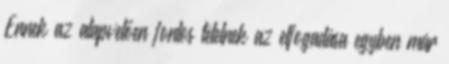
Ennek az alapvetően fontos tételnek az elfogadása egyben már